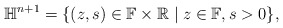
\begin{align*}\mathbb{H}^{n+1} = \{ (z,s) \in \mathbb F \times \mathbb R \mid z\in \mathbb{F}, s > 0 \},\end{align*}